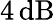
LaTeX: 4\, \mathrm{dB}